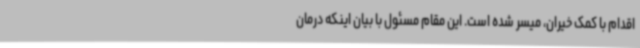
اقدام با کمک خیران، میسر شده است. این مقام مسئول با بیان اینکه درمان